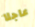
عاجلا